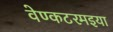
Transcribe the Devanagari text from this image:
वेण्कटरमइया